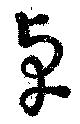
卓